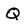
Character: Q